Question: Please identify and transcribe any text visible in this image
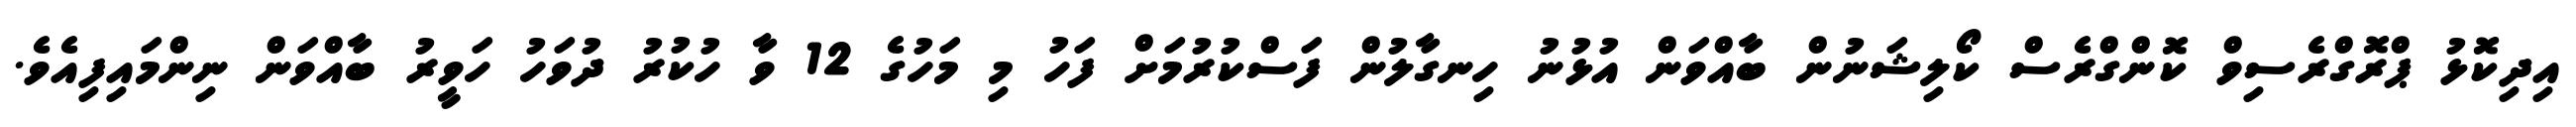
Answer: އިދިކޮޅު ޕްރޮގްރެސިވް ކޮންގްރެސް ކޯލިޝަނުން ބާއްވަން އުޅުނު ހިނގާލުން ފަސްކުރުމަށް ފަހު މި މަހުގެ 12 ވާ ހުކުރު ދުވަހު ހަވީރު ބާއްވަން ނިންމައިފިއެވެ.